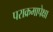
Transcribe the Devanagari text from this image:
पराक्रमापेक्षा